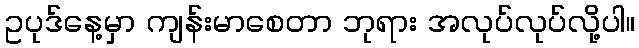
ဥပုဒ်နေ့မှာ ကျန်းမာစေတာ ဘုရား အလုပ်လုပ်လို့ပါ။